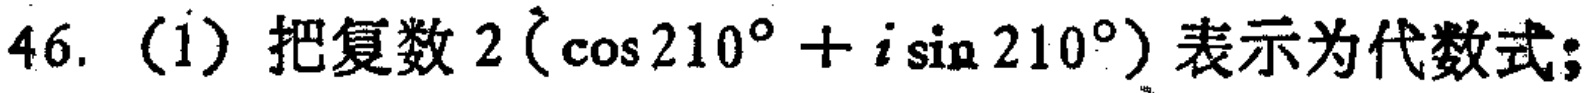
46. (1) 把复数\(2(\cos 210^{\circ}+i\sin 210^{\circ})\)表示为代数式;